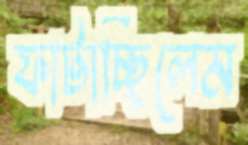
ফাটাচ্ছিলেম